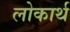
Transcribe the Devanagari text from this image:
लोकार्थ